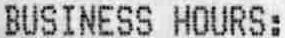
BUSINESS HOURS: